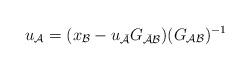
LaTeX: \begin{align*} u_{\mathcal{A}} = (x_{\mathcal{B}}-u_{\bar{\mathcal{A}}}G_{\mathcal{\bar{A}B}})(G_{\mathcal{AB}})^{-1}\end{align*}